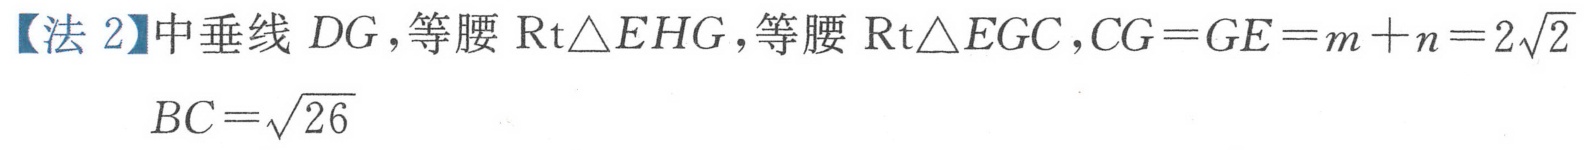
【法 2】中垂线 \(DG\)，等腰 \(\text{Rt}\triangle EHG\)，等腰 \(\text{Rt}\triangle EGC\)，\(CG = GE = m + n = 2\sqrt{2}\)
\(BC=\sqrt{26}\)